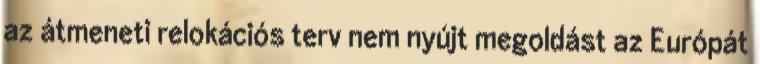
az átmeneti relokációs terv nem nyújt megoldást az Európát